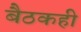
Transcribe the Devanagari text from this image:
बैठकही